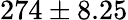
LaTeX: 274\pm 8.25